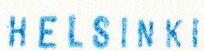
HELSINKI